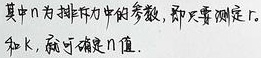
其中\(n\)为排序中的参数，即天测定\(r\)。
和\(k\)，  可确定\(n\)值.